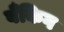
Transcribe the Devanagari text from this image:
बँकिग